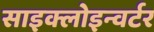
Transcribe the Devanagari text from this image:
साइक्लोइन्वर्टर